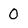
Character: 0